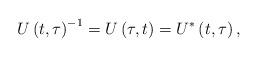
LaTeX: \begin{align*}U\left( t,\tau\right) ^{-1}=U\left( \tau,t\right) =U^{\ast}\left(t,\tau\right) , \end{align*}